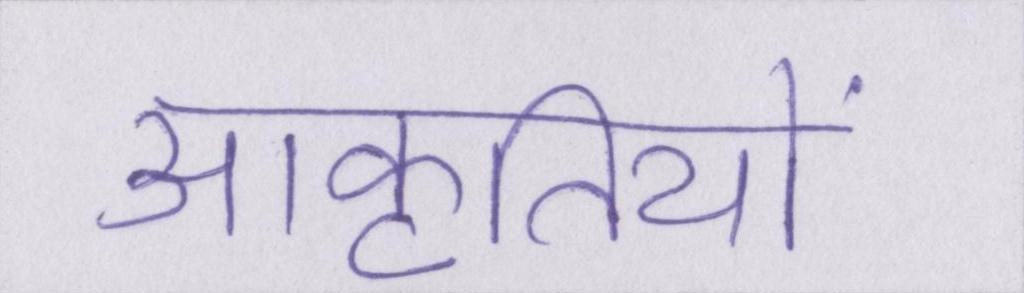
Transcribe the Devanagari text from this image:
आकृतियों